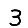
Digit: 3